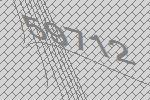
59712